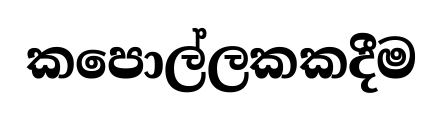
කපොල්ලකකදීම